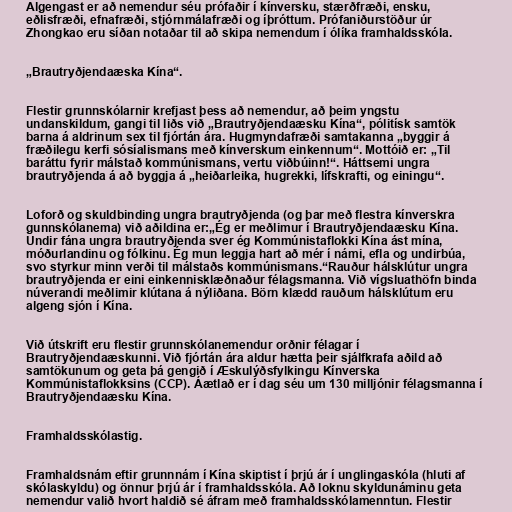
Algengast er að nemendur séu prófaðir í kínversku, stærðfræði, ensku,
eðlisfræði, efnafræði, stjórnmálafræði og íþróttum. Prófaniðurstöður úr
Zhongkao eru síðan notaðar til að skipa nemendum í ólíka framhaldsskóla.

„Brautryðjendaæska Kína“.

Flestir grunnskólarnir krefjast þess að nemendur, að þeim yngstu
undanskildum, gangi til liðs við „Brautryðjendaæsku Kína“, pólitísk samtök
barna á aldrinum sex til fjórtán ára. Hugmyndafræði samtakanna „byggir á
fræðilegu kerfi sósíalismans með kínverskum einkennum“. Mottóið er: „Til
baráttu fyrir málstað kommúnismans, vertu viðbúinn!“. Háttsemi ungra
brautryðjenda á að byggja á „heiðarleika, hugrekki, lífskrafti, og einingu“.

Loforð og skuldbinding ungra brautryðjenda (og þar með flestra kínverskra
gunnskólanema) við aðildina er:„Ég er meðlimur í Brautryðjendaæsku Kína.
Undir fána ungra brautryðjenda sver ég Kommúnistaflokki Kína ást mína,
móðurlandinu og fólkinu. Ég mun leggja hart að mér í námi, efla og undirbúa,
svo styrkur minn verði til málstaðs kommúnismans.“Rauður hálsklútur ungra
brautryðjenda er eini einkennisklæðnaður félagsmanna. Við vígsluathöfn binda
núverandi meðlimir klútana á nýliðana. Börn klædd rauðum hálsklútum eru
algeng sjón í Kína.

Við útskrift eru flestir grunnskólanemendur orðnir félagar í
Brautryðjendaæskunni. Við fjórtán ára aldur hætta þeir sjálfkrafa aðild að
samtökunum og geta þá gengið í Æskulýðsfylkingu Kínverska
Kommúnistaflokksins (CCP). Áætlað er í dag séu um 130 milljónir félagsmanna í
Brautryðjendaæsku Kína.

Framhaldsskólastig.

Framhaldsnám eftir grunnnám í Kína skiptist í þrjú ár í unglingaskóla (hluti af
skólaskyldu) og önnur þrjú ár í framhaldsskóla. Að loknu skyldunáminu geta
nemendur valið hvort haldið sé áfram með framhaldsskólamenntun. Flestir